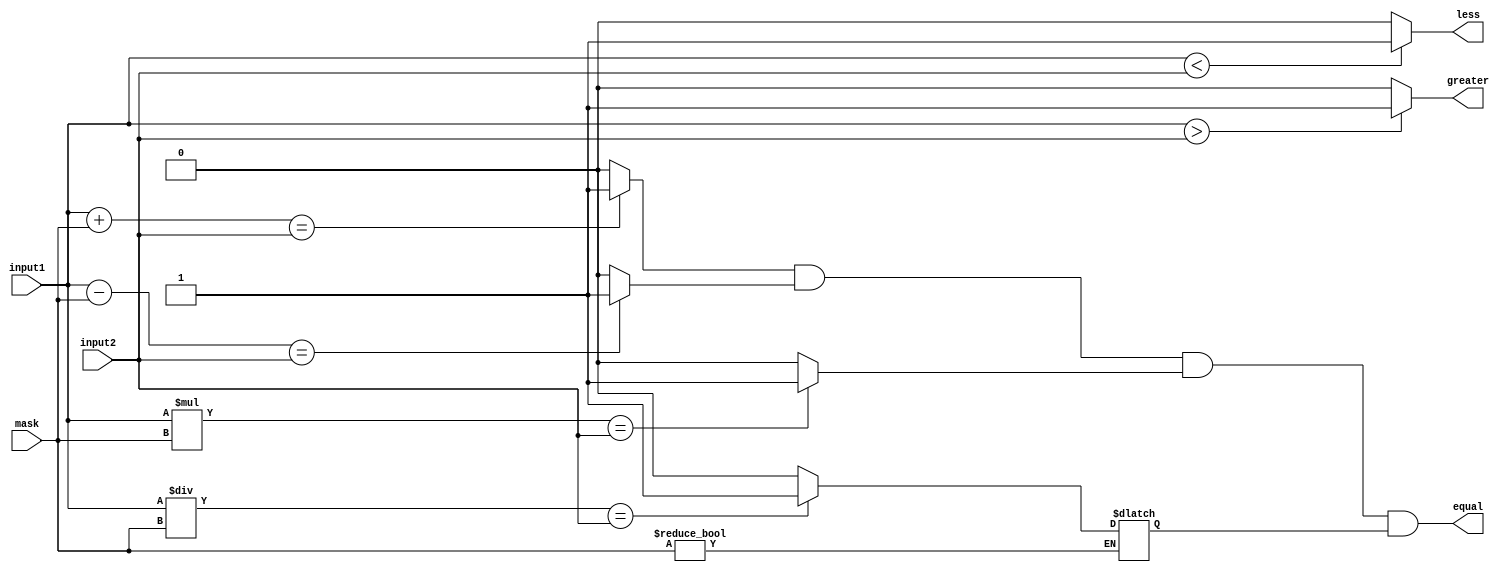
module masked_comparator (
    input signed [31:0] input1,
    input signed [31:0] input2,
    input [31:0] mask,
    output reg equal,
    output reg greater,
    output reg less
);

reg [31:0] result_add, result_sub, result_mul, result_div;

always @* begin
    result_add = input1 + mask == input2 ? 1 : 0;
    result_sub = input1 - mask == input2 ? 1 : 0;
    result_mul = input1 * mask == input2 ? 1 : 0;
    if (mask != 0) result_div = input1 / mask == input2 ? 1 : 0;
end

always @* begin
    equal = result_add & result_sub & result_mul & result_div;
    greater = (input1 > input2) ? 1 : 0;
    less = (input1 < input2) ? 1 : 0;
end

endmodule